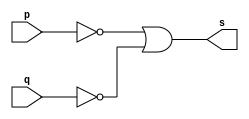
// ------------------------- 
// Exemplo0009 - NAND 
// Nome: Felipe Cssio Vieira Ferreira
// ------------------------- 
// ------------------------- 
// -- nand gate 
// ------------------------- 
module nandgate ( output s,input p, q); 
assign s = ~p | ~q; 
endmodule // nandgate 
// --------------------- 
// -- test nand gate 
// --------------------- 
module testnandgate; 
// ------------------------- dados locais 
reg a, b; // definir registradores 
wire s; // definir conexao (fio) 
// ------------------------- instancia 
nandgate NAND1 (s, a, b); 
// ------------------------- preparacao 
initial begin:start 
// atribuicao simultanea 
// dos valores iniciais 
a=0; b=0; 
end 
// ------------------------- parte principal 
initial begin 
$display("Exemplo0009 - Felipe Cssio Vieira Ferreira- 451552"); 
$display("Test NAND gate"); 
$display("\na ~& b = s\n"); 
#1 a=0; b=0; 
$monitor("%b ~& %b = %b", a, b, s); 
#1 a=0; b=1; 
#1 a=1; b=0; 
#1 a=1; b=1; 
 
end 
endmodule // testnandgate